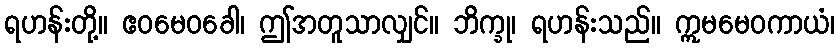
ရဟန်းတို့။ ဧဝမေဝခေါ၊ ဤအတူသာလျှင်။ ဘိက္ခု၊ ရဟန်းသည်။ ဣမမေဝကာယံ၊